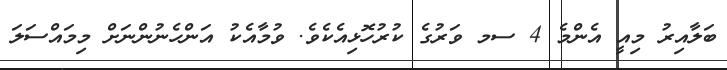
ބަލާއިރު މިއީ އެންމެ 4 ސމ ވަރުގެ ކުރުހޮޅިއެކެވެ. ވުމާއެކު އަންހެނުންނަށް މިމައްސަލަ